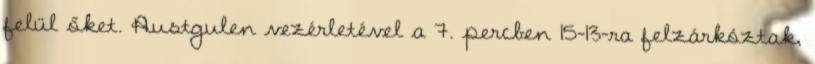
felül őket. Austgulen vezérletével a 7. percben 15-13-ra felzárkóztak,